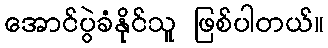
အောင်ပွဲခံနိုင်သူ ဖြစ်ပါတယ်။